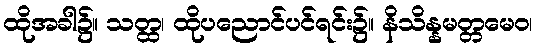
ထိုအခါ၌။ သတ္ထ၊ ထိုပညောင်ပင်ရင်း၌။ နိသိန္နမတ္တမေဝ၊